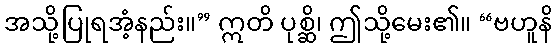
အသို့ပြုရအံ့နည်း။” ဣတိ ပုစ္ဆိ၊ ဤသို့မေး၏။ “ဗဟူနိ